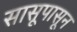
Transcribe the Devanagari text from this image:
सासूपासून